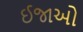
ઈજાઓ